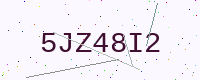
Text: 5JZ48I2